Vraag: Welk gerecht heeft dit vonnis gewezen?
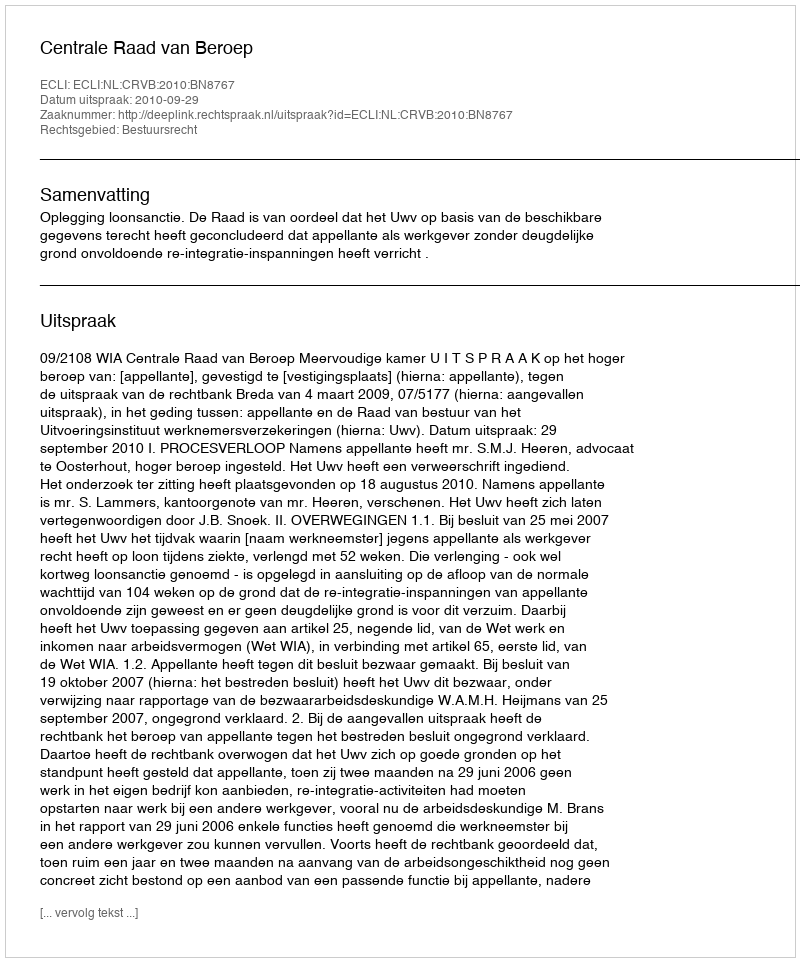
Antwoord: Centrale Raad van Beroep